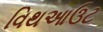
વિથઆઉટ